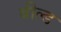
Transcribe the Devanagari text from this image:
बील्ड